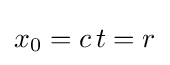
x_{0}=c\,t=r